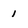
Character: 1